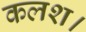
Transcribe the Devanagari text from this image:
कलश।